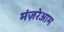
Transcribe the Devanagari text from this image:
मंज़रेआम